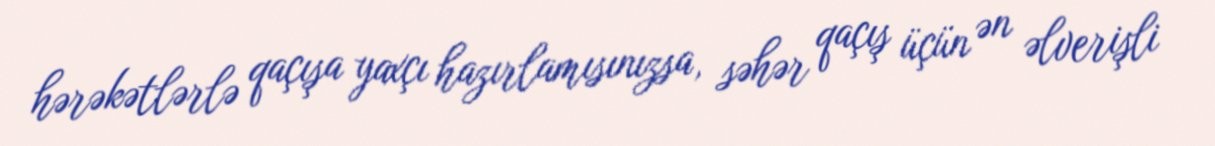
hərəkətlərlə qaçışa yaxçı hazırlamısınızsa, səhər qaçış üçün ən əlverişli